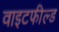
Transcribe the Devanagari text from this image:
वाइटफील्ड